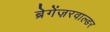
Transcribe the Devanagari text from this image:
ब्रेगेंज़रवाल्डर